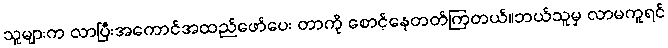
သူများက လာပြီးအကောင်အထည်ဖော်ပေး တာကို စောင့်နေတတ်ကြတယ်။ဘယ်သူမှ လာမကူရင်